Vaccination in Burma 1912-1922 - 1912-1922
Year: 1912
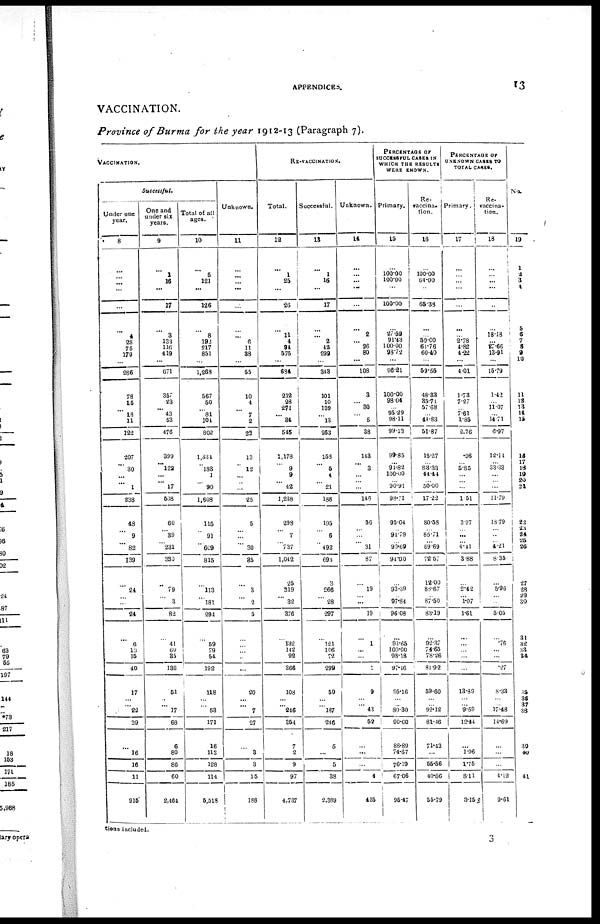
APPENDICES.
13
VACCINATION.
Province of Burma for the year 1912-13 (Paragraph 7).
VACCINATION.
Successful.
Under one
year.
8
...
...
...
...
...
...
4
28
75
179
...
286
78
15
...
18
11
122
207
... 30
...
... 1
238
18
...
9
...
82
139
...
21
...
...
24
...
6
10
15
10
17
...
... 22
39
...
16
16
11
915
One and
under six
years.
9
...
1
16
...
17
...
3
133
116
419
...
671
357
23
... 13
53
476
399
... 122
...
... 17
538
60
...
39
...
231
380
...
79
...
3
82
...
41
60
35
186
51
...
... 17
68
6
80
86
60
2,461
Total of all
ages.
10
...
5
121
...
126
...
8
192
217
851
...
1,268
567
50
...
81
104
802
1,334
...
183
1
...
90
1,608
115
...
91
...
609
815
...
113
... 181
294
...
59
79
54
192
118
...
...
58
171
16
112
128
114
5,518
Unknown.
11
...
...
...
...
...
...
... 6
11
88
...
55
10
4
...
7
2
23
13
...
12
...
...
...
25
5
...
...
...
30
85
...
3
... 2
5
...
...
...
...
...
20
...
...
7
27
...
8
3
15
188
RE-VACCINATION.
Total.
12
...
1
25
...
26
...
11
1
94
575
...
634
212
28
271
... 31
545
1,178
...
9
9
... 12
1,238
298
...
7
...
737
1,042
25
319
... 32
376
...
132
142
92
366
108
...
... 246
351
7
2
9
97
4,737
Successful.
13
...
1
16
...
17
...
... 2
48
299
...
343
101
10
139
...
13
263
153
...
6
4
...
21
188
195
...
6
...
192
693
3
266
...
28
297
...
121
106
72
299
59
...
...
187
246
5
...
5
38
2,389
Unknown.
14
...
...
...
...
...
...
2
... 96
80
...
108
3
... 30
...
5
38
113
...
3
...
...
...
146
56
...
...
...
31
87
...
19
...
...
19
...
1
...
...
1
9
...
... 13
52
...
...
...
4
155
PERCENTAGE OF
SUCCESSFUL CASES IN
WHICH THE RESULTS
WERE KNOWN.
Primary.
15
...
100.00
100.00
...
100.00
...
27.59
91.13
100.00
98.72
...
96.21
100.00
98.01
...
95.29
98.11
99.13
99.85
...
94.82
100.00
...
90.91
98.71
95.04
...
94.79
...
93.69
94.00
...
93.39
...
97.84
96.08
...
93.65
100.00
98.18
97.46
95.16
...
...
80.30
90.00
88.89
74.67
76.19
67.06
95.17
Re-
vaccina-
tion.
16
...
100.00
64.00
...
65.38
...
...
50.00
61.76
60.40
...
69.56
48.33
35.71
57.68
...
44.83
51.87
15.27
...
83.33
44.44
...
50.00
17.22
80.58
...
85.71
...
69.69
72.57
12.00
88.67
...
87.50
83.19
...
92.37
74.65
78.26
81.92
59.60
...
...
92.12
81.46
71.43
...
55.56
40.86
55.79
PERCENTAGE OF
UNKNOWN CASES TO
TOTAL CASES.
Primary.
17
...
...
...
...
...
...
...
2.78
4.82
4.22
...
1.01
1.73
7.27
... 7.61
1.85
2.76
.96
...
5.85
...
...
...
1.51
3.97
...
...
...
4.41
3.88
...
2.12
...
1.07
1.61
...
...
...
...
...
13.39
...
...
9.59
12.41
...
1.96
1.75
8.11
3.15
Re-
vaccina-
tion.
18
...
...
...
...
...
...
18.13
...
27.66
13.91
...
16.79
1.42
...
11.07
...
14.71
6.97
12.11
...
33.33
...
...
...
11.79
13.79
...
...
...
4.21
8.35
...
5.96
...
...
5.05
...
.76
...
...
.27
8.33
...
...
17.18
11.69
...
...
...
4.12
9.61
No.
19
1
2
3
4
...
5
6
7
8
9
10
11
12
13
14
15
14
17
18
19
20
21
22
.23
24
25
26
27
28
29
30
31
32
33
34
35
35
37
38
39
40
11
tions included.
3